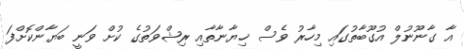
އާ ގާނޫނުލް އުގޫބާތުގައި މިހާރު ވެސް ޚިޔާނާތާއި ރިޝްވަތުގެ ކުށް ވަނީ ބަޔާންކޮށްފަ